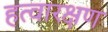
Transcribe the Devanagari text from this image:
हत्वारक्षण